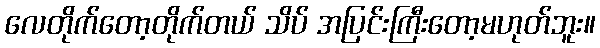
လေတိုက်တော့တိုက်တယ် သိပ် အပြင်းကြီးတော့မဟုတ်ဘူး။